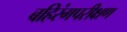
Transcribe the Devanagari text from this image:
बहिरंगपरीक्षण